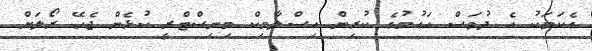
އެކަމަކު އެ ދުވަސް އައުމުގެ ކުރިން އިސްލާމިކް މިނިސްޓްރީ ކުޅެން ޖެހޭ ރޯލަށް